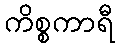
ကိစ္စကာရီ